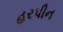
હરપીન